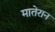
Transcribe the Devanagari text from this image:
मातेरान